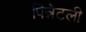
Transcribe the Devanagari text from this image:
पिन्नेटली